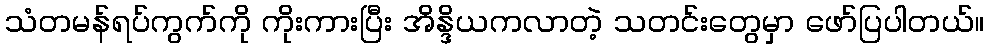
သံတမန်ရပ်ကွက်ကို ကိုးကားပြီး အိန္ဒိယကလာတဲ့ သတင်းတွေမှာ ဖော်ပြပါတယ်။